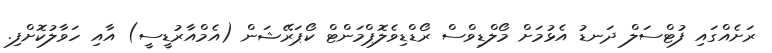
ރަށެއްގައި ފުޓްސަލް ދަނޑު އެޅުމަށް މޯލްޑިވްސް ރޯޑްޑިވެލޮޕްމަންޓް ކޯޕަރޭޝަން (އެމްއާރުޑީސީ) އާއި ހަވާލުކޮށްފި.